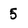
Character: 5